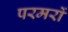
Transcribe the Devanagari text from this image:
परमरों